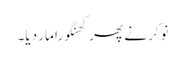
نوکر نے پھر کھنگورا مار دیا۔